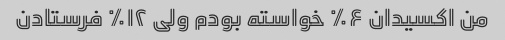
من اکسیدان ۶٪ خواسته بودم ولی ۱۲٪ فرستادن